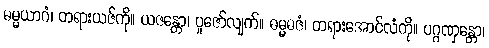
ဓမ္မယာဂံ၊ တရားယဇ်ကို။ ယဇန္တော၊ ပူဇော်လျက်။ ဓမ္မဓဇံ၊ တရားအောင်လံကို။ ပဂ္ဂဏှန္တော၊